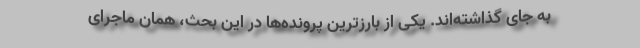
به جای گذاشته‌اند. یکی از بارزترین پرونده‌ها در این بحث، همان ماجرای